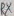
Text: RX